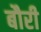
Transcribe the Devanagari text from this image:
बौरी